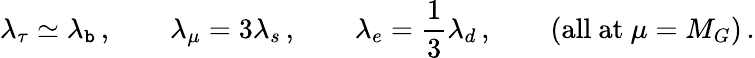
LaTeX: \lambda_{\tau}\simeq\lambda_{\mathtt{b}}\, ,\qquad\lambda_{\mu}=3\lambda_{s}\, ,\qquad\lambda_{e}={\frac{{1}}{{3}}}\lambda_{d}\, ,\qquad(\mathrm{{all\ at}}\ \mu=M_{G})\, .